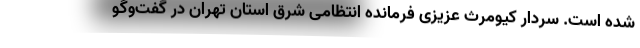
شده است. سردار کیومرث عزیزی فرمانده انتظامی شرق استان تهران در گفت‌وگو